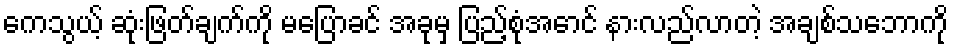
ကေသွယ့် ဆုံးဖြတ်ချက်ကို မပြောခင် အခုမှ ပြည့်စုံအောင် နားလည်လာတဲ့ အချစ်သဘောကို